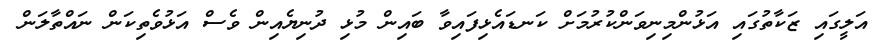
އަލީގައި ޒަކާތުގައި އަޅުންމިނިވަންކުރުމަށް ކަނޑައެޅިފައިވާ ބައިން މުޅި ދުނިޔެއިން ވެސް އަޅުވެތިކަން ނައްތާލަން